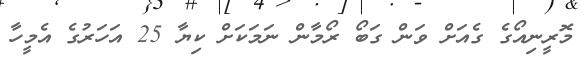
މޮރީނިއޯގެ ގެއަށް ވަން ގަބޯ ރޯމާން ނަމަކަށް ކިޔާ 25 އަހަރުގެ އެމީހާ